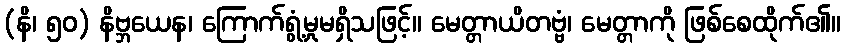
(နိ၊ ၅၀) နိဗ္ဘယေန၊ ကြောက်ရွံ့မှုမရှိသဖြင့်။ မေတ္တာယိတဗ္ဗံ၊ မေတ္တာကို ဖြစ်စေထိုက်၏။